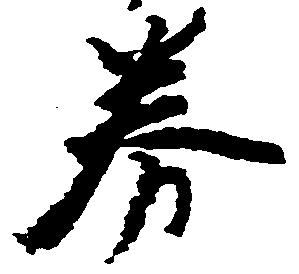
券